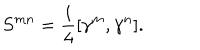
{ S ^ { m n } } = { \frac { i } { 4 } } [ \gamma ^ { m } , \gamma ^ { n } ] .